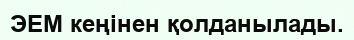
ЭЕМ кеңінен қолданылады.